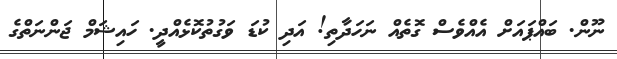
ނޫން. ބައްޕައަށް އެއްވެސް ގޮތެއް ނަހަދާތި! އަދި ކުޑަ ވަގުތުކޮޅެއްދީ. ހައިޝަމް ޖަންނަތްގެ